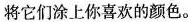
将它们涂上你喜欢的颜色。